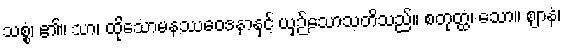
သစ္စံ၊ ၏။ သာ၊ ထိုသောမနဿဝေဒနာနှင့် ယှဉ်သောသတိသည်။ စတုတ္ထံ၊ သော။ ဈာနံ၊